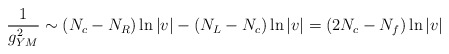
\begin{align*}\frac{1}{g_{YM}^2} \sim (N_c - N_R) \ln |v| - (N_L - N_c) \ln |v| = (2N_c - N_f) \ln |v|\end{align*}